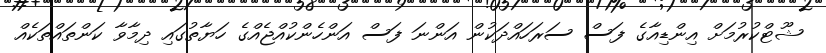
ޝޫޓްކުރުމަށް އިންޑިއާގެ ފަސް ސަރަހައްދަކުން އަންނަ ފަސް އަންހެންކުއްޖެއްގެ ހަޔާތުގައި ދިމާވާ ކަންތައްތަކެއް